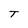
Character: T